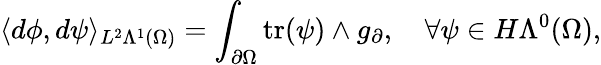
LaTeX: \langle d\phi,d\psi\rangle_{L^{2}\Lambda^{1}(\Omega)}=\int_{\partial\Omega}\mathrm{tr}(\psi)\wedge g_{\partial},\quad\forall\psi\in H\Lambda^{0}(\Omega),